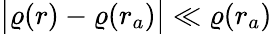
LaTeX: \big|\varrho(r)-\varrho(r_{a})\big|\ll\varrho(r_{a})